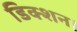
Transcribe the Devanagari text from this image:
डिक्शन।